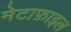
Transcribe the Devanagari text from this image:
मेटाफ़ाइल